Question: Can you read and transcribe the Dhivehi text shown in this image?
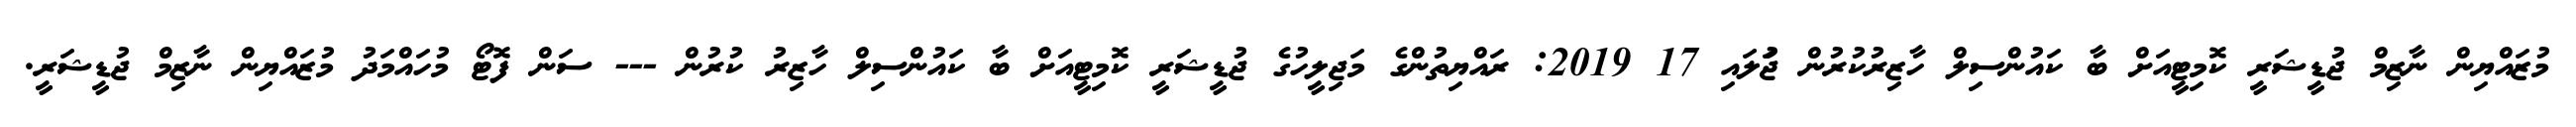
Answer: މުޒައްޔިން ނާޒިމް ޖުޑީޝަރީ ކޮމިޓީއަށް ބާ ކައުންސިލް ހާޒިރުކުރުން ޖުަލައި 17 2019: ރައްޔިތުންގެ މަޖިލީހުގެ ޖުޑީޝަރީ ކޮމިޓީއަށް ބާ ކައުންސިލް ހާޒިރު ކުރުން --- ސަން ފޮޓޯ މުހައްމަދު މުޒައްޔިން ނާޒިމް ޖުޑީޝަރީ.